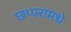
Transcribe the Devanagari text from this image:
छप्परामधे